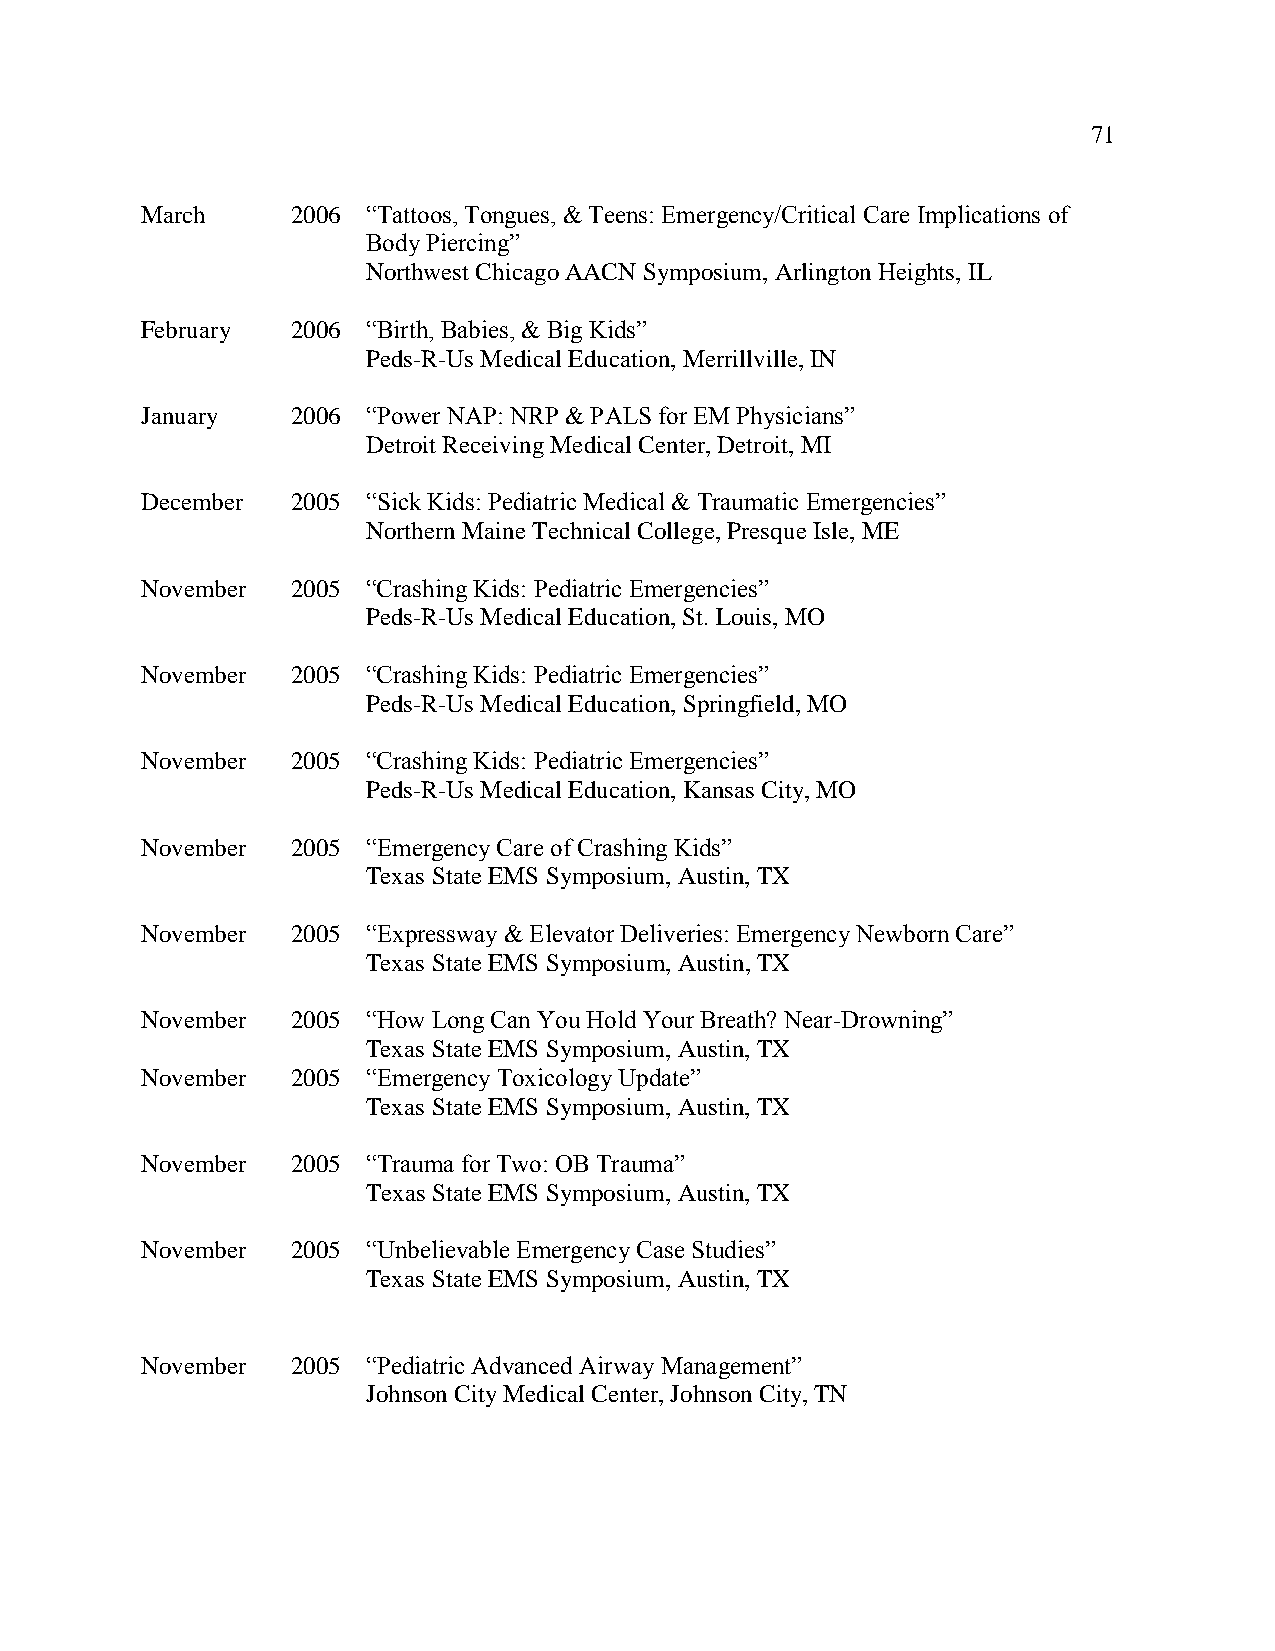
71
 March     2006 “Tattoos, Tongues, & Teens: Emergency/Critical Care Implications of
 Body Piercing”
 Northwest Chicago AACN Symposium, Arlington Heights, IL
 February  2006 “Birth, Babies, & Big Kids”
 Peds-R-Us Medical Education, Merrillville, IN
 January   2006 “Power NAP: NRP & PALS for EM Physicians”
 Detroit Receiving Medical Center, Detroit, MI
 December  2005 “Sick Kids: Pediatric Medical & Traumatic Emergencies”
 Northern Maine Technical College, Presque Isle, ME
 November  2005 “Crashing Kids: Pediatric Emergencies”
 Peds-R-Us Medical Education, St. Louis, MO
 November  2005 “Crashing Kids: Pediatric Emergencies”
 Peds-R-Us Medical Education, Springfield, MO
 November  2005 “Crashing Kids: Pediatric Emergencies”
 Peds-R-Us Medical Education, Kansas City, MO
 November  2005 “Emergency Care of Crashing Kids”
 Texas State EMS Symposium, Austin, TX
 November  2005 “Expressway & Elevator Deliveries: Emergency Newborn Care”
 Texas State EMS Symposium, Austin, TX
 November  2005 “How Long Can You Hold Your Breath? Near-Drowning”
 Texas State EMS Symposium, Austin, TX
 November  2005 “Emergency Toxicology Update”
 Texas State EMS Symposium, Austin, TX
 November  2005 “Trauma for Two: OB Trauma”
 Texas State EMS Symposium, Austin, TX
 November  2005 “Unbelievable Emergency Case Studies”
 Texas State EMS Symposium, Austin, TX
 November  2005 “Pediatric Advanced Airway Management”
 Johnson City Medical Center, Johnson City, TN